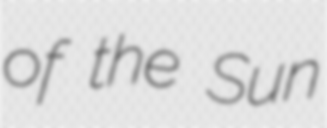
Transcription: of the Sun